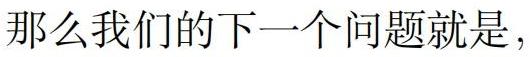
那么我们的下一个问题就是，